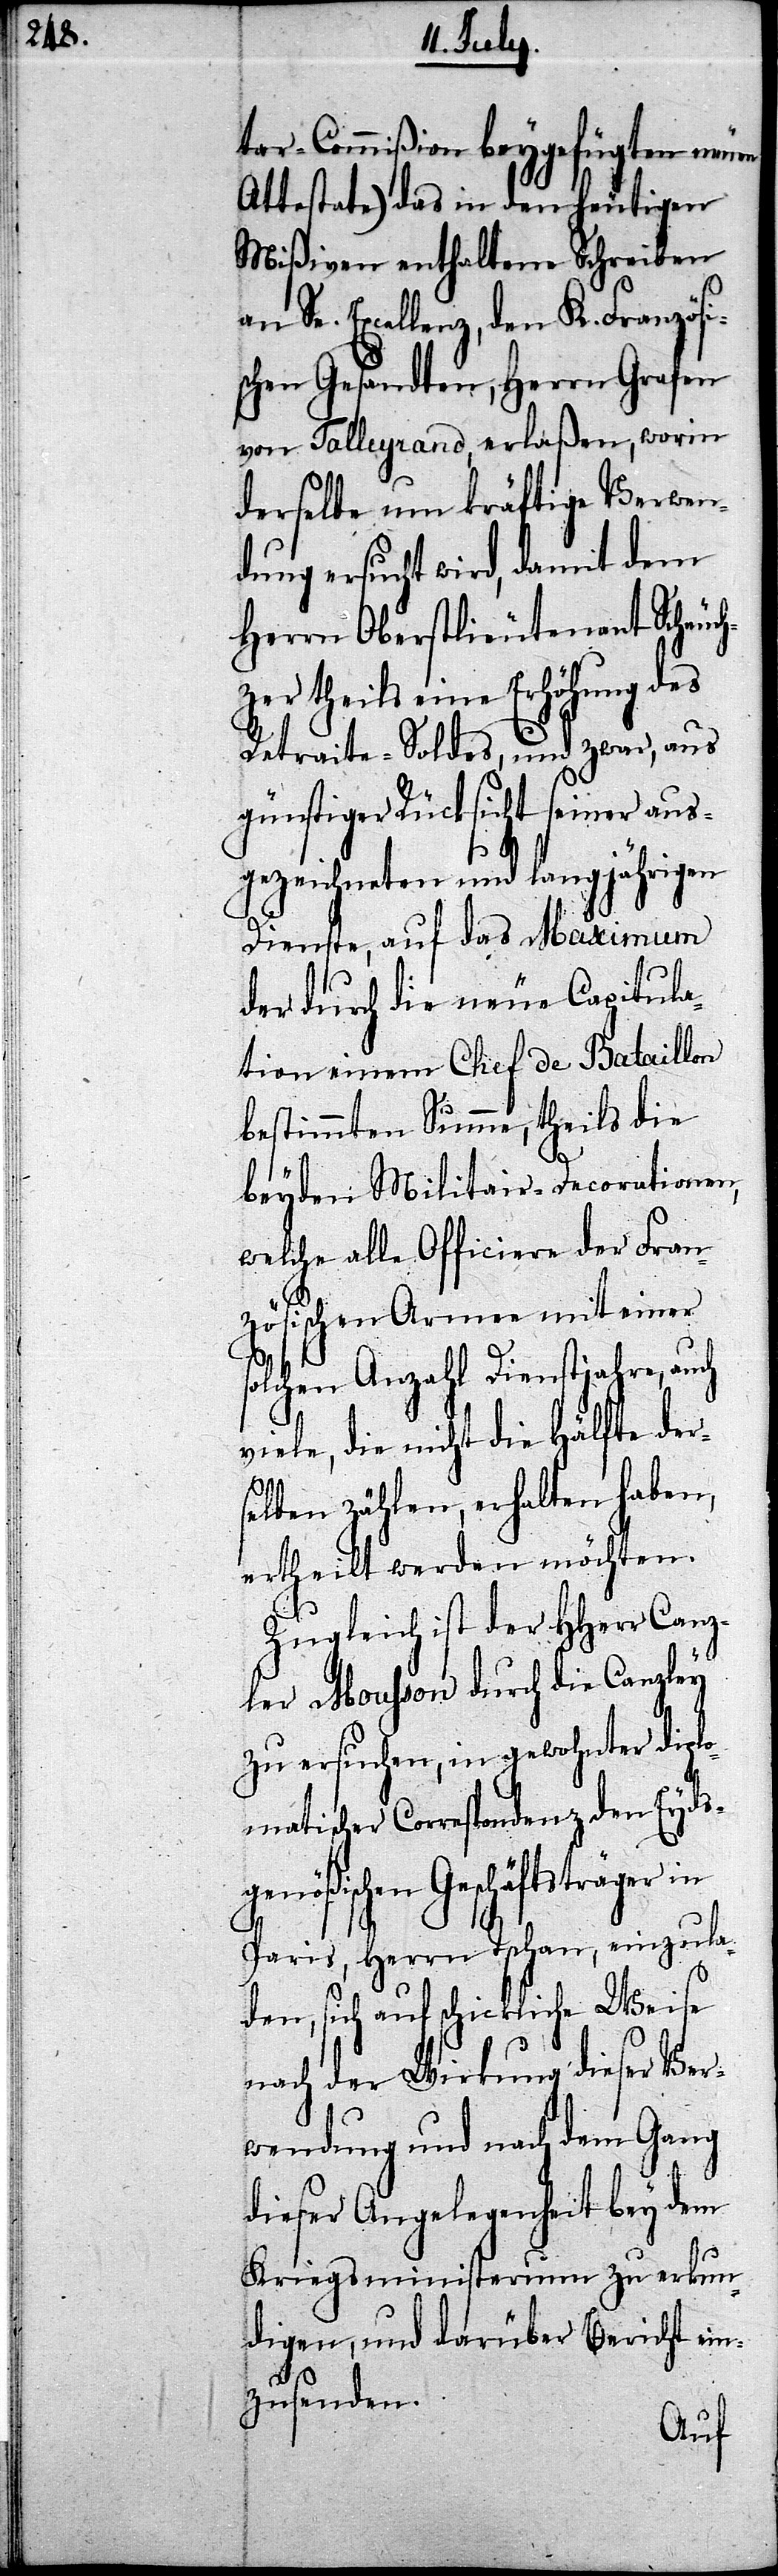
tar-Commißion beygefügten neuen
Attestate) das in den heutigen
Mißiven enthaltene Schreiben
Sr. Excellenz, den K. Französi¬
schen Gesandten, Herrn Grafen
von Talleyrand, erlaßen, worin
derselbe um kräftige Verwen¬
dung ersucht wird, damit dem
Herrn Oberstlieutenant Scheuch¬
zer theils eine Erhöhung des
Retraite-Soldes, und zwar, aus
günstiger Rücksitch seiner aus¬
gezeichneten und langjährigen
Dienste, auf das Maximum
der durch die neue Capitula¬
tion einem Chef de Bataillon
bestimmten Summe, theils die
beyden Militair-Decorationen,
welche alle Officiere der Fran¬
zösischen Armee mit einer
solchen Anzahl Dienstjahre, auch
viele, die nicht die Hälfte der¬
selben zählen, erhalten habe,
ertheilt werden möchten.
Zugleich ist der HHerr Canz¬
ler Mousson durch die Canzley
zu ersuchen, in gewohnter diplo¬
matischer Correspondenz den Eydsg¬
enößischen Geschäftsträger
Paris, Herrn Tschan, einzula¬
den, sich auf schickliche Weise
nach der Wirkung dieser Ver¬
wendung und nach dem Gang
dieser Angelegenheit bey dem
Kriegsministerium zu erkun¬
digen, und darüber Bericht ein¬
zusenden.